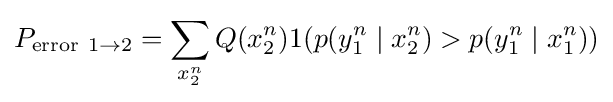
P_{\mathrm {error} \ 1\to 2}=\sum _{x_{2}^{n}}Q(x_{2}^{n})1(p(y_{1}^{n}\mid x_{2}^{n})>p(y_{1}^{n}\mid x_{1}^{n}))